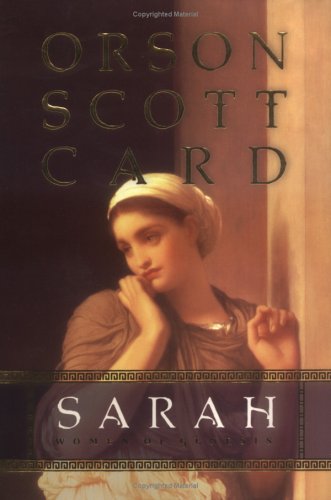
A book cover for Sarah: Women of Genesis (Women of Genesis (Forge)); Orson Scott Card; Christian Books & Bibles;